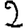
Digit: 2